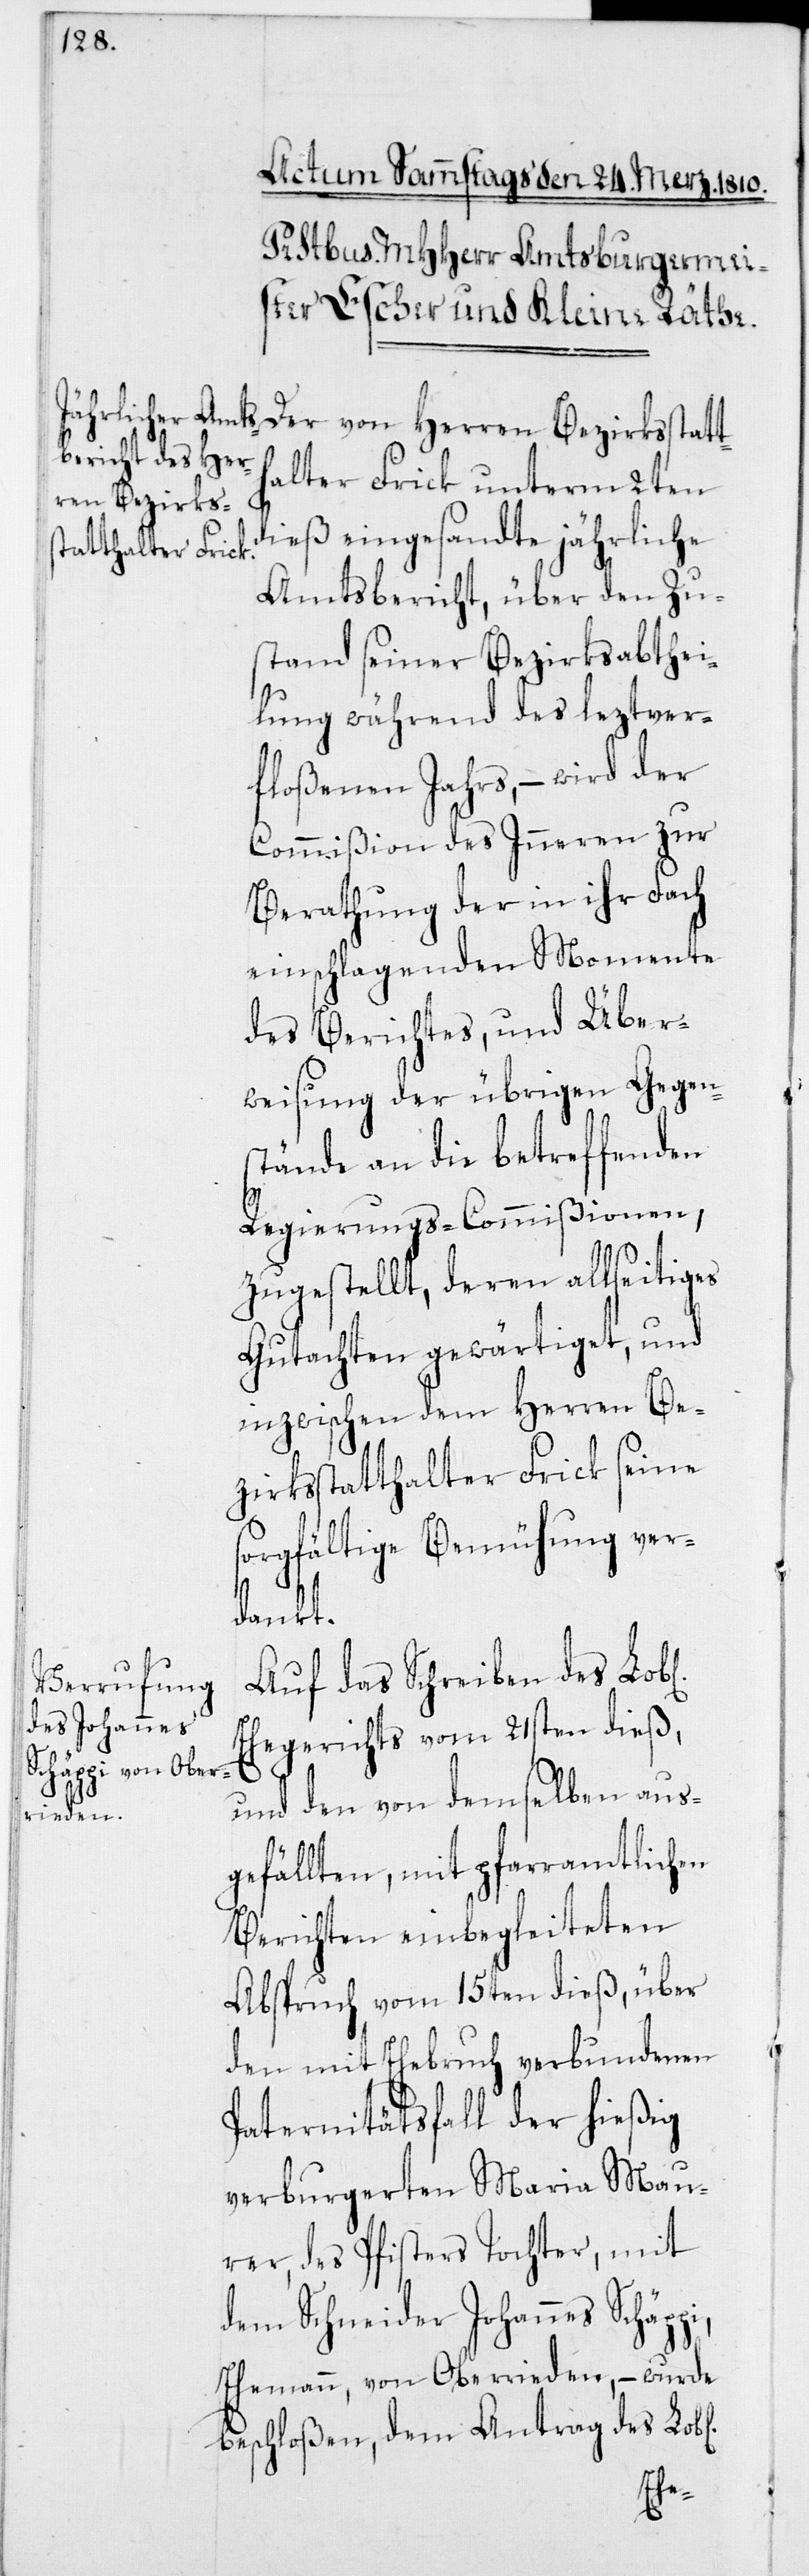
ichen]

Der von Herren Bezirksstatt¬
halter Frick unterm 2ten
dieß eingesandte jährliche
Amtsbericht, über den Zu¬
stand seiner Bezirksabthei¬
lung während des leztver¬
floßenen Jahrs, – wird der
Commißion des Inneren zur
Berathung der in ihr Fach
einschlagenden Momente
des Berichtes, und Über¬
weisung der übrigen Gegen¬
stände an die betreffenden
Regierungs-Commißionen
zugestellt, deren allseitiges
Gutachten gewärtiget, und
inzwischen dem Herren Be¬
zirksstatthalter Frick seine
sorgfältige Bemühung ver¬
dankt.
Auf das Schreiben des Lob[l¬
Ehegerichts vom 21sten dieß,
und den von demselben aus¬
gefällten, mit pfarramtlichen
Berichten einbegleiteten
Abspruch vom 15ten dieß, über
den mit Ehebruch verbundenen
Paternitätsfall der hießig
verburgerten Maria Mau¬
rer, des Pfisters Tochter, mit
dem Schneider Johannes Schäp¬
Ehemann, von Oberrieden, – wurde
beschloßen, dem Antrag des Lob[l¬
hen]